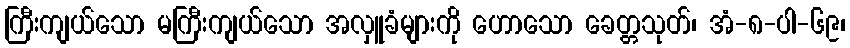
ကြီးကျယ်သော မကြီးကျယ်သော အလှူခံများကို ဟောသော ခေတ္တသုတ်၊ အံ-၈-ပါ-၆၉၊